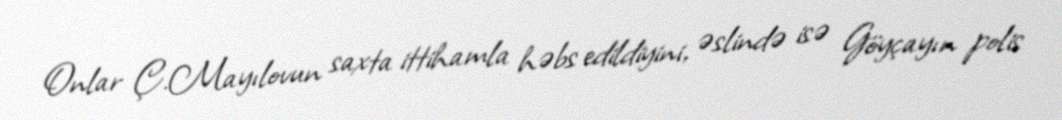
Onlar Ç.Mayılovun saxta ittihamla həbs edildiyini, əslində isə Göyçayın polis